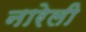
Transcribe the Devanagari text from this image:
नारेली